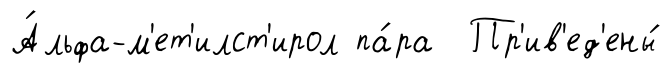
А́льфа-м'ет'илст'ирол па́ра Пр'ив'ед'ены́